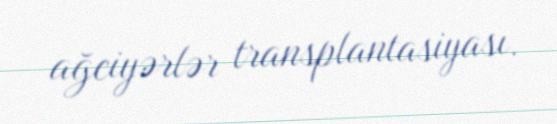
ağciyərlər transplantasiyası.